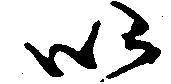
以